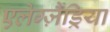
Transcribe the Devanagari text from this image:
एलेग्ज़ैंड्रिया